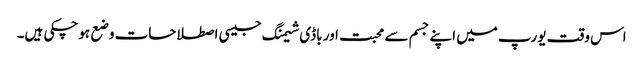
اس وقت یورپ میں اپنے جسم سے محبت اور باڈی شیمنگ جیسی اصطلاحات وضع ہوچکی ہیں۔